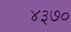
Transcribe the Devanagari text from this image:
४३७०